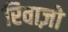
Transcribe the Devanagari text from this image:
रिवाज़ो